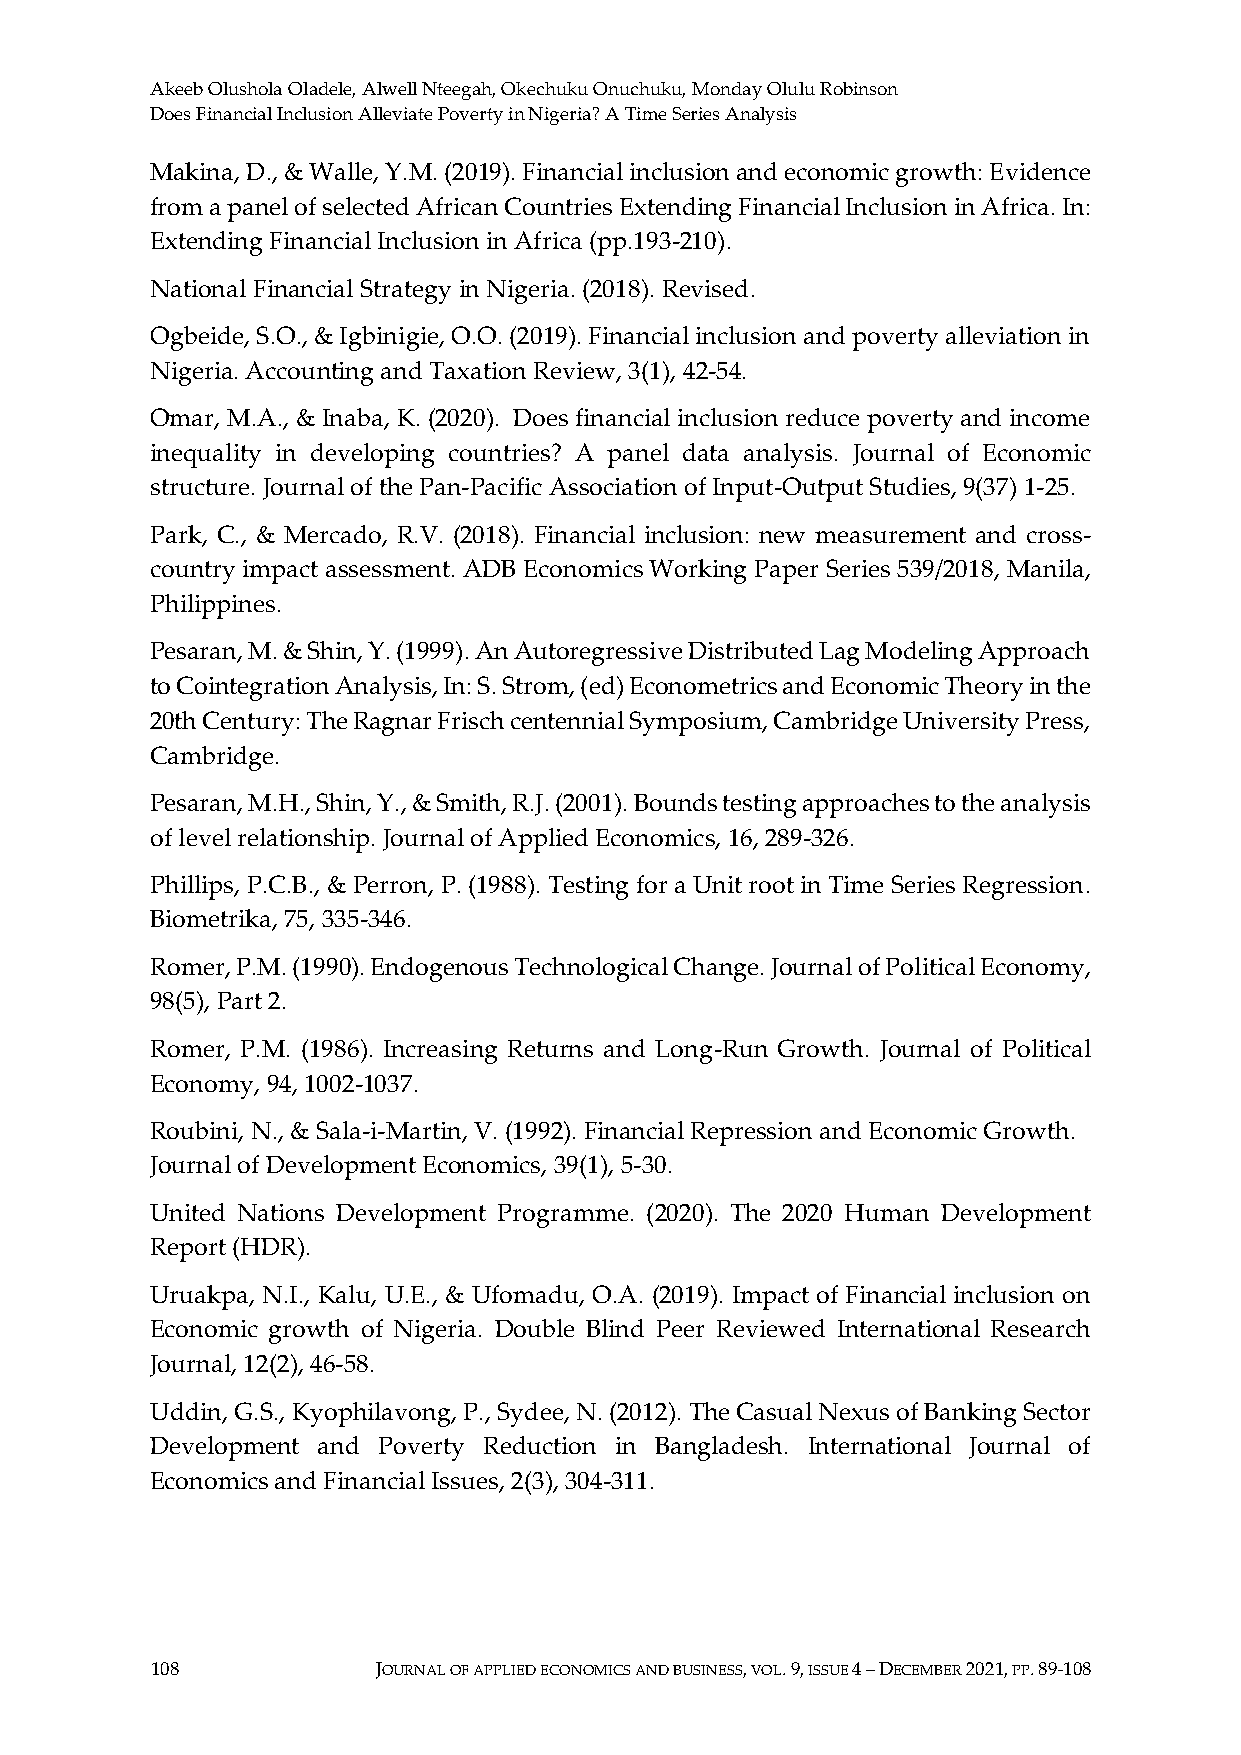
Akeeb Olushola Oladele, Alwell Nteegah, Okechuku Onuchuku, Monday Olulu Robinson
 Does Financial Inclusion Alleviate Poverty in Nigeria? A Time Series Analysis
 Makina, D., & Walle, Y.M. (2019). Financial inclusion and economic growth: Evidence
 from a panel of selected African Countries Extending Financial Inclusion in Africa. In:
 Extending Financial Inclusion in Africa (pp.193-210).
 National Financial Strategy in Nigeria. (2018). Revised.
 Ogbeide, S.O., & Igbinigie, O.O. (2019). Financial inclusion and poverty alleviation in
 Nigeria. Accounting and Taxation Review, 3(1), 42-54.
 Omar, M.A., & Inaba, K. (2020). Does financial inclusion reduce poverty and income
 inequality in developing countries? A panel data analysis. Journal of Economic
 structure. Journal of the Pan-Pacific Association of Input-Output Studies, 9(37) 1-25.
 Park, C., & Mercado, R.V. (2018). Financial inclusion: new measurement and cross-
 country impact assessment. ADB Economics Working Paper Series 539/2018, Manila,
 Philippines.
 Pesaran, M. & Shin, Y. (1999). An Autoregressive Distributed Lag Modeling Approach
 to Cointegration Analysis, In: S. Strom, (ed) Econometrics and Economic Theory in the
 20th Century: The Ragnar Frisch centennial Symposium, Cambridge University Press,
 Cambridge.
 Pesaran, M.H., Shin, Y., & Smith, R.J. (2001). Bounds testing approaches to the analysis
 of level relationship. Journal of Applied Economics, 16, 289-326.
 Phillips, P.C.B., & Perron, P. (1988). Testing for a Unit root in Time Series Regression.
 Biometrika, 75, 335-346.
 Romer, P.M. (1990). Endogenous Technological Change. Journal of Political Economy,
 98(5), Part 2.
 Romer, P.M. (1986). Increasing Returns and Long-Run Growth. Journal of Political
 Economy, 94, 1002-1037.
 Roubini, N., & Sala-i-Martin, V. (1992). Financial Repression and Economic Growth.
 Journal of Development Economics, 39(1), 5-30.
 United Nations Development Programme. (2020). The 2020 Human Development
 Report (HDR).
 Uruakpa, N.I., Kalu, U.E., & Ufomadu, O.A. (2019). Impact of Financial inclusion on
 Economic growth of Nigeria. Double Blind Peer Reviewed International Research
 Journal, 12(2), 46-58.
 Uddin, G.S., Kyophilavong, P., Sydee, N. (2012). The Casual Nexus of Banking Sector
 Development and Poverty Reduction in Bangladesh. International Journal of
 Economics and Financial Issues, 2(3), 304-311.
 108            JOURNAL OF APPLIED ECONOMICS AND BUSINESS, VOL. 9, ISSUE 4 – DECEMBER 2021, PP. 89-108